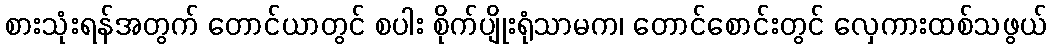
စားသုံးရန်အတွက် တောင်ယာတွင် စပါး စိုက်ပျိုးရုံသာမက၊ တောင်စောင်းတွင် လှေကားထစ်သဖွယ်